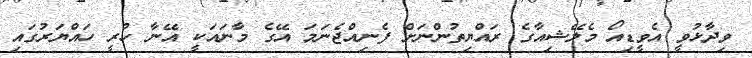
ވިދާޅުވީ އެވީޑިއޯ މެލޭޝިއާގެ ރައްޔިތުންނަށް ފެނިއްޖެނަމަ އޭގެ މާނައަކީ އޭނާ ހުރީ ހައްޔަރުގައި